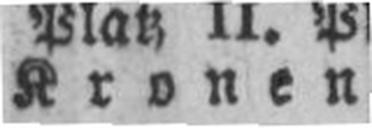
Kronen